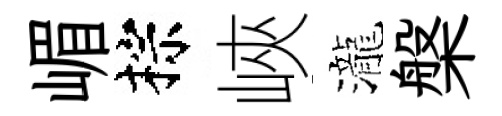
嵋棕峽瀧槃